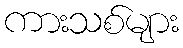
ကားသစ်များ